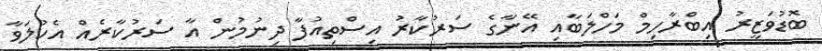
ބޮޑުވަޒީރު އިބްރާހިމް މަހްލަބާއި އޭނާގެ ސަރުކާރު އިސްތިއުފާ ދިނުމުން އާ ސަރުކާރެއް އެކުލަވާ